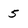
Character: 5